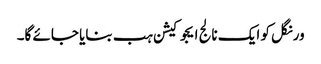
ورنگل کو ایک نالج ایجوکیشن ہب بنایا جائے گا۔